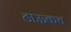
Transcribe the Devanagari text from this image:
ठाऊकच